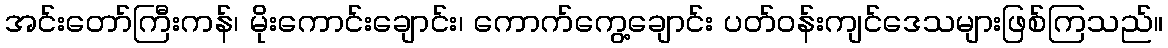
အင်းတော်ကြီးကန်၊ မိုးကောင်းချောင်း၊ ကောက်ကွေ့ချောင်း ပတ်ဝန်းကျင်ဒေသများဖြစ်ကြသည်။